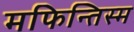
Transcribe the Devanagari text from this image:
मफिन्तिस्म